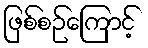
ဖြစ်စဉ်ကြောင့်